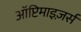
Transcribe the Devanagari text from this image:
ऑप्टिमाइज़र्स